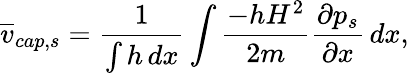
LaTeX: \overline{{v}}_{cap,s}=\frac{1}{\int h\, dx}\int\frac{-hH^{2}}{2m}\frac{\partial p_{s}}{\partial x}\, dx,